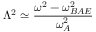
\Lambda ^ { 2 } \simeq \frac { \omega ^ { 2 } - \omega _ { B A E } ^ { 2 } } { \omega _ { A } ^ { 2 } }